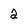
Character: a